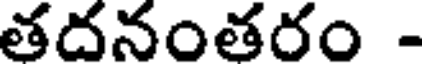
తదనంతరం -